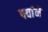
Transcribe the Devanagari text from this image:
पर्वाने